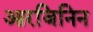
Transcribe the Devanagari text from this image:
आरजिनिन